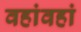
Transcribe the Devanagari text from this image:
वहांवहां